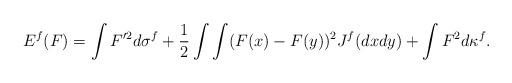
LaTeX: \begin{align*}E^f(F)=\int F'^2d\sigma^f+\frac12\int\int(F(x)-F(y))^2J^f(dxdy)+\int F^2d\kappa^f.\end{align*}